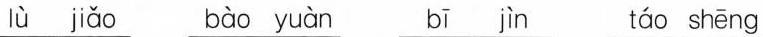
lù jiǎo bào yuàn bī jìn táo shēng